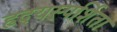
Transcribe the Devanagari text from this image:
हृदयस्पर्शिता